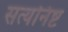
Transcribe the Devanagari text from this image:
सत्यनिष्ट